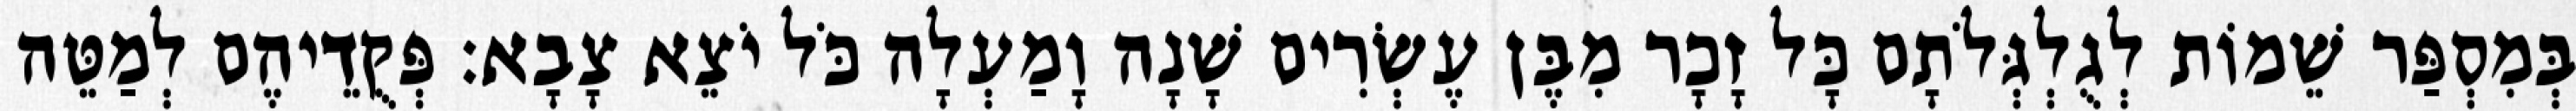
בְּמִסְפַּר שֵׁמוֹת לְגֻלְגְּלֹתָם כָּל זָכָר מִבֶּן עֶשְׂרִים שָׁנָה וָמַעְלָה כֹּל יֹצֵא צָבָא׃ פְּקֻדֵיהֶם לְמַטֵּה